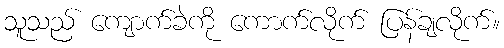
သူသည် ကျောက်ခဲကို ကောက်လိုက် ပြန်ချလိုက်။